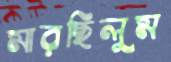
মারছিলুম